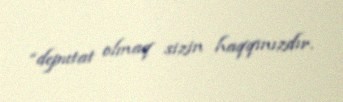
“deputat olmaq sizin haqqınızdır.